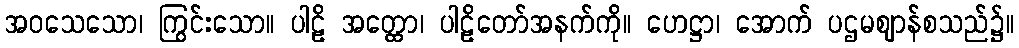
အဝသေသော၊ ကြွင်းသော။ ပါဠိ အတ္ထော၊ ပါဠိတော်အနက်ကို။ ဟေဋ္ဌာ၊ အောက် ပဌမဈာန်စသည်၌။